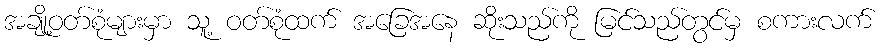
အချို့ဝတ်စုံများမှာ သူ့ ဝတ်စုံထက် အခြေအနေ ဆိုးသည်ကို မြင်သည်တွင်မှ စကားလက်